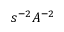
s ^ { - 2 } A ^ { - 2 }